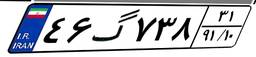
۲۱گ۴۳۶۹۶